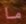
ما